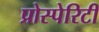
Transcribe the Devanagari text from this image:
प्रोस्पेरिटी